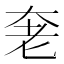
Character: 𰭩